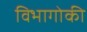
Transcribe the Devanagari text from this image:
विभागोकी